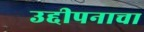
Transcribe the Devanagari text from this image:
उद्दीपनाचा